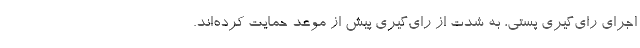
اجرای رای‌گیری پستی، به شدت از رای‌گیری پیش از موعد حمایت کرده‌اند.